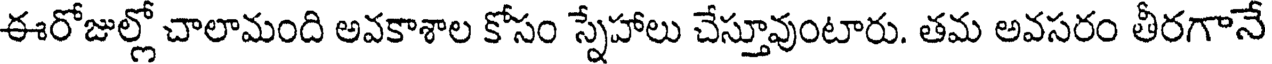
ఈరోజుల్లో చాలామంది అవకాశాల కోసం స్నేహాలు చేస్తూవుంటారు. తమ అవసరం తీరగానే